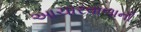
આચારવાળાની